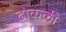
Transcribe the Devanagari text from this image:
ढोकळी